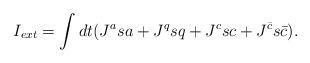
LaTeX: \begin{align*}I_{ext}= \int dt (J^a sa + J^q sq + J^c sc + J^{{\bar c}}s{\bar c}).\end{align*}